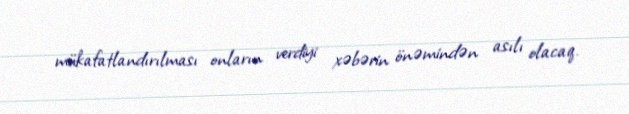
mükafatlandırılması onların verdiyi xəbərin önəmindən asılı olacaq.